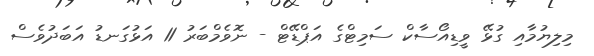
މިލިޔުމާއި ގުޅޭ ވީޑިއޯސާކް ސަމިޓްގެ އަޕްޑޭޓް - ނޮވެމްބަރު 11 އަޅުގަނޑު އަބަދުވެސް